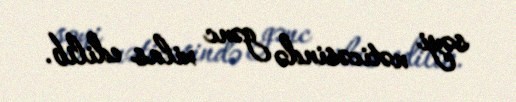
səyi nəticəsində gənc xilas edilib.